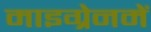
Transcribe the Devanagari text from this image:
माइग्रेनमें